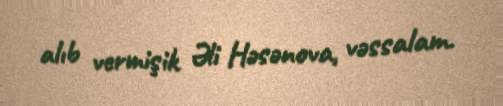
alıb vermişik Əli Həsənova, vəssalam.